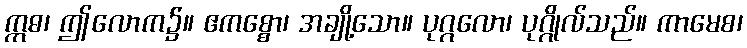
ဣဓ၊ ဤလောက၌။ ဧကစ္စော၊ အချို့သော။ ပုဂ္ဂလော၊ ပုဂ္ဂိုလ်သည်။ ကာမေစ၊